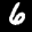
Label: 6